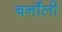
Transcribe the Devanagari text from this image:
बर्नॉली